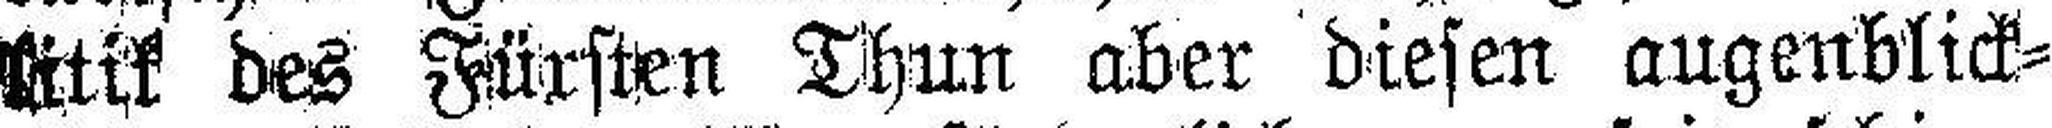
litik des Fürsten Thun aber diesen augenblick¬